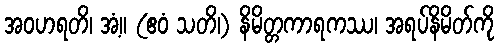
အဝဟရတိ၊ အံ့။ (ဧဝံ သတိ၊) နိမိတ္တကာရကဿ၊ အရပ်နိမိတ်ကို